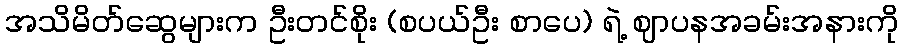
အသိမိတ်ဆွေများက ဦးတင်စိုး (စပယ်ဦး စာပေ) ရဲ့ ဈာပနအခမ်းအနားကို